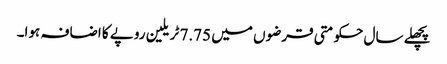
پچھلے سال حکومتی قرضوں میں 7.75 ٹریلین روپے کا اضافہ ہوا۔